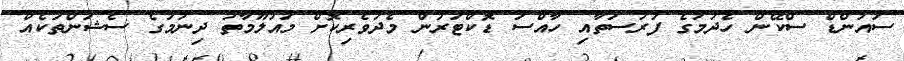
ސައުންޑް ސްކޭން ހެދުމުގެ ފުރުސަތާއި ހާއްސަ ޑޮކްޓަރުން މެދުވެރިކޮށް މައުލޫމާތު ދިނުމުގެ ސެޝަންތަކެއް